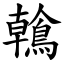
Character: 鶾